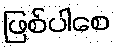
ဖြစ်ပါစေ